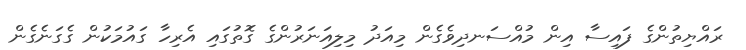
ރައްޔިތުންގެ ފައިސާ އިން މުއްސަނދިވެގެން މިއަދު މިލިއަނަރުންގެ ގޮތުގައި އެރިހާ ގައުމަކުން ގެގަނެގެން